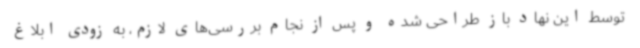
توسط این نهاد باز طراحی شده و پس از نجام بررسی‌های لازم، به زودی ابلاغ